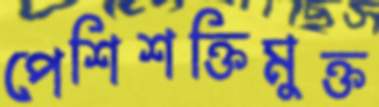
পেশিশক্তিমুক্ত